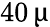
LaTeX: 40\, \upmu